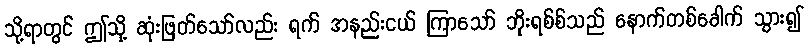
သို့ရာတွင် ဤသို့ ဆုံးဖြတ်သော်လည်း ရက် အနည်းငယ် ကြာသော် ဘိုးရစ်စ်သည် နောက်တစ်ခေါက် သွား၍